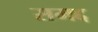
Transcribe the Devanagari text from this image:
समद्द